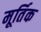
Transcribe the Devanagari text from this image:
मूर्तिक